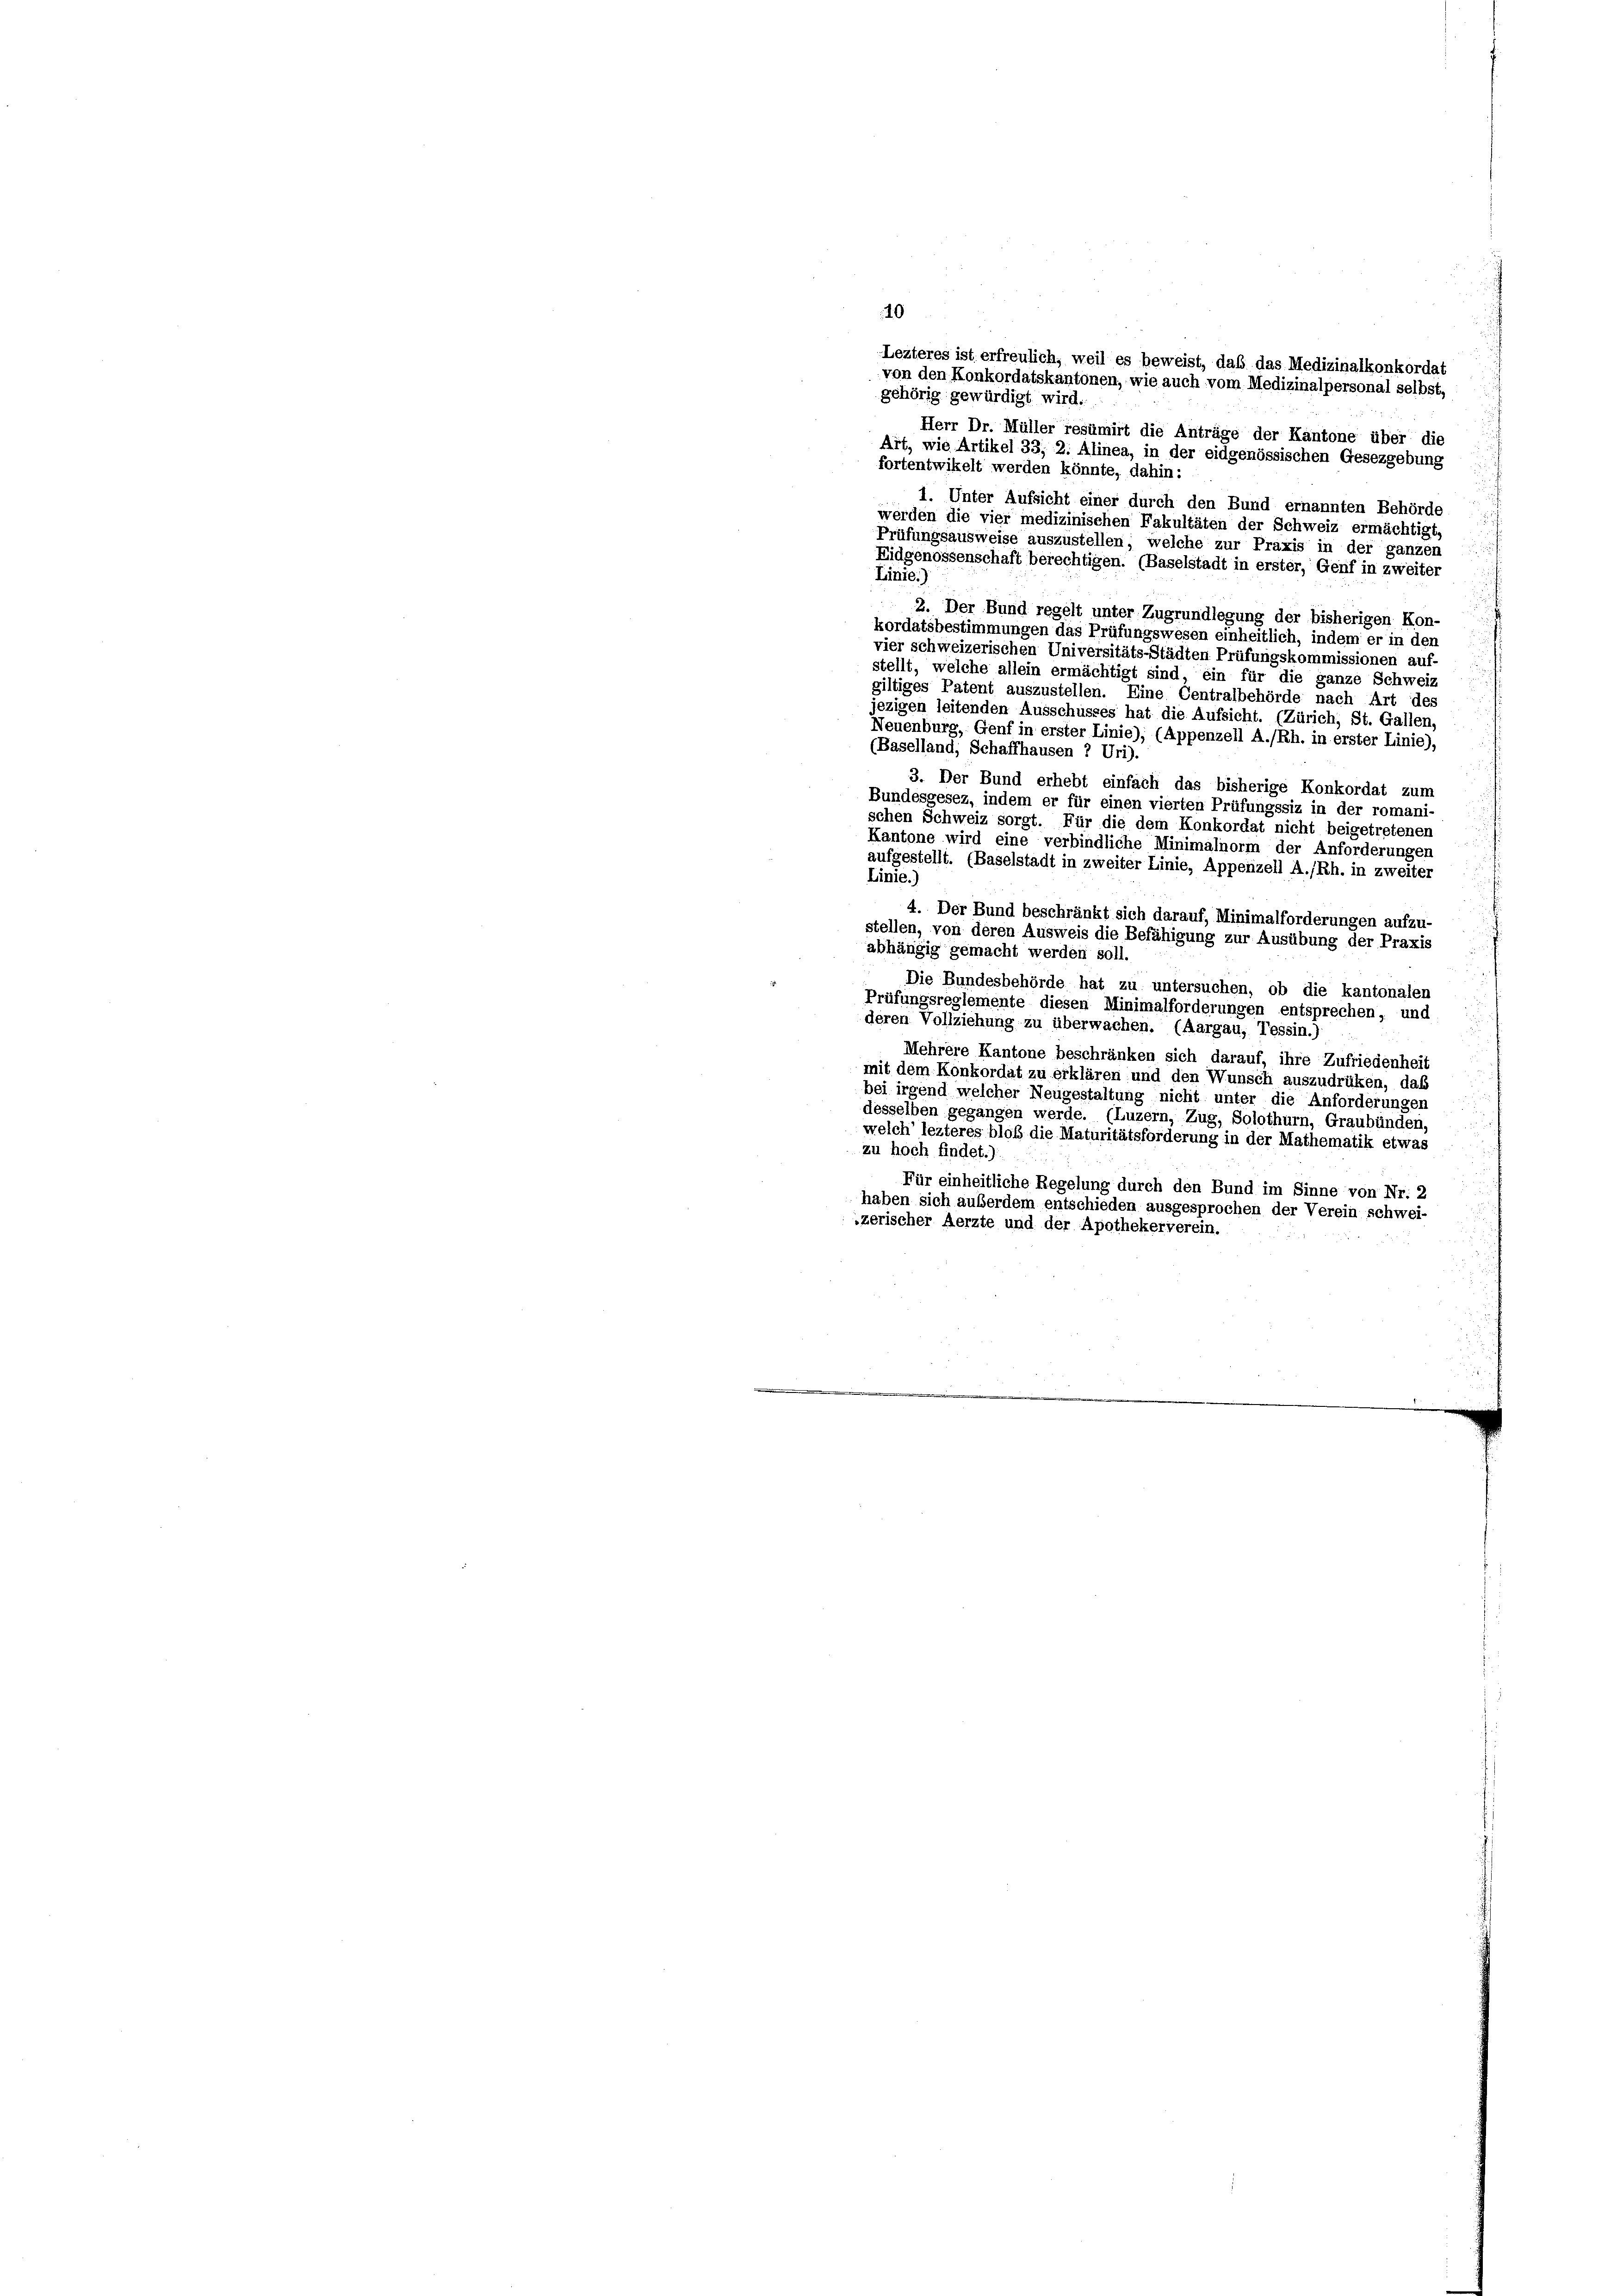
10
Lezteres ist erfreulich, weil es beweist, daß das Medizinalkonkordat
von den Konkordatskantonen, wie auch vom Medizinalpersonal selbst,
gehörig gewürdigt wird.
Herr Dr. Müller resümirt die Anträge der Kantone über die
Art, wie Artikel 33, 2. Alinea, in der eidgenössischen Gesezgebung
fortentwikelt werden könnte, dahin:
1. Unter Aufsicht einer durch den Bund ernannten Behörde
werden die vier medizinischen Fakultäten der Schweiz ermächtigt,
Prüfungsausweise auszustellen, welche zur Praxis in der ganzen
Eidgenossenschaft berechtigen. (Baselstadt in erster, Genf in zweiter
Linie.)
2. Der Bund regelt unter Zugrundlegung der bisherigen Kon-
kordatsbestimmungen das Prüfungswesen einheitlich, indem er in den
vier schweizerischen Universitäts-Städten Prüfungskommissionen auf-
stellt, welche allein ermächtigt sind, ein für die ganze Schweiz
giltiges Patent auszustellen. Eine Centralbehörde nach Art des
jezigen leitenden Ausschusses hat die Aufsicht. (Zürich, St. Gallen,
Neuenburg, Genf in erster Linie); (Appenzell A./Rh. in erster Linie),
(Baselland, Schaffhausen 2 Uri).
3. Der Bund erhebt einfach das bisherige Konkordat zum
Bundesgesez, indem er für einen vierten Prüfungssiz in der romani-
schen Schweiz sorgt. Für die dem Konkordat nicht beigetretenen
Kantone wird eine verbindliche Minimalnorm der Anforderungen
aufgestellt. (Baselstadt in zweiter Linie, Appenzell A./Rh. in zweiter
Linie.)
4. Der Bund beschränkt sich darauf, Minimalforderungen aufzu-
stellen, von deren Ausweis die Befähigung zur Ausübung der Praxis
abhängig gemacht werden soll
Die Bundesbehörde hat zu untersuchen, ob die kantonalen
Prüfungsreglemente diesen Minimalforderungen entsprechen, und
deren Vollziehung zu überwachen. (Aargau, Tessin.)
Mehrere Kantone beschränken sich darauf, ihre Zufriedenheit
mit dem Konkordat zu erklären und den Wunsch auszudrüken, das
bei irgend welcher Neugestaltung nicht unter die Anforderungen
desselben gegangen werde. (Luzern, Zug, Solothurn, Graubünden,
welch’ lezteres bloß die Maturitätsforderung in der Mathematik etwas
zu hoch findet.)
Für einheitliche Regelung durch den Bund im Sinne von Nr. 2
haben sich auberdem entschieden ausgesprochen der Verein schwei-
zerischer Aerzte und der Apothekerverein.